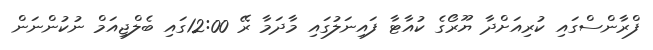
ފްރާންސްގައި ކުރިއަށްދާ ޔޫރޯގެ ކުއާޓާ ފައިނަލުގައި މާދަމާ ރޭ 12:00ގައި ބެލްޖިއަމް ނުކުންނަން